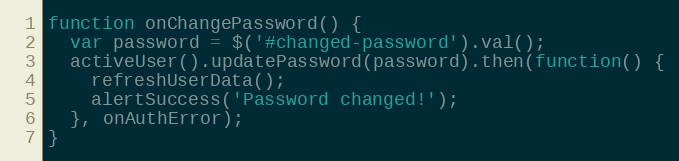
Language: JavaScript
function onChangePassword() {
  var password = $('#changed-password').val();
  activeUser().updatePassword(password).then(function() {
    refreshUserData();
    alertSuccess('Password changed!');
  }, onAuthError);
}